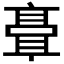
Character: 𬴘